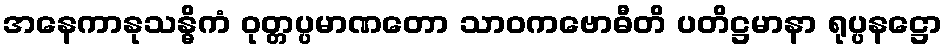
အနေကာနုသန္ဓိကံ ဝုတ္တပ္ပမာဏတော သာဝကဗောဓီတိ ပတိဋ္ဌမာနာ ရုပ္ပနဋ္ဌော